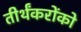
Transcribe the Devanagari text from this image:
तीर्थंकरोंको